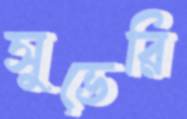
সুভেরি